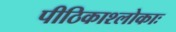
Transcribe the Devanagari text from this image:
पीठिकाश्लोकाः